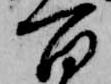
百